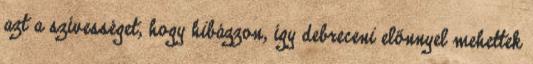
azt a szívességet, hogy hibázzon, így debreceni előnnyel mehettek